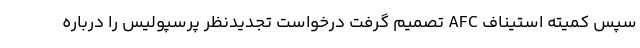
سپس کمیته استیناف AFC تصمیم گرفت درخواست تجدیدنظر پرسپولیس را درباره